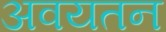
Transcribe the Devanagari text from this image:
अवयतन